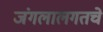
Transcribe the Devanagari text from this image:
जंगलालगतचे